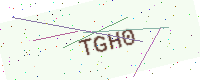
Text: TGH0